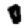
Digit: 0